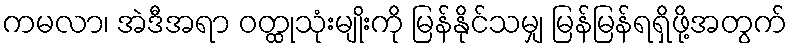
ကမလာ၊ အဲဒီအရာ ဝတ္ထုသုံးမျိုးကို မြန်နိုင်သမျှ မြန်မြန်ရရှိဖို့အတွက်